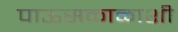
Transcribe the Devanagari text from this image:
पाऊसकाळाशी